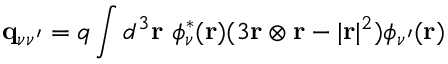
{ \bf q } _ { \nu \nu ^ { \prime } } = q \int d ^ { 3 } { \bf r } ~ \phi _ { \nu } ^ { * } ( { \bf r } ) ( 3 { \bf r } \otimes { \bf r } - | { \bf r } | ^ { 2 } ) \phi _ { \nu ^ { \prime } } ( { \bf r } )